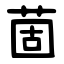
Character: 䓢